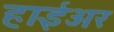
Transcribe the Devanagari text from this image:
हाईअर